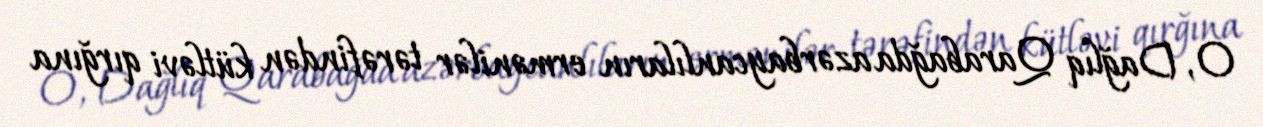
O, Dağlıq Qarabağda azərbaycanlıların ermənilər tərəfindən kütləvi qırğına